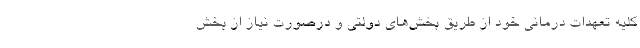
کلیه تعهدات درمانی خود از طریق بخش‌های دولتی و درصورت نیاز از بخش